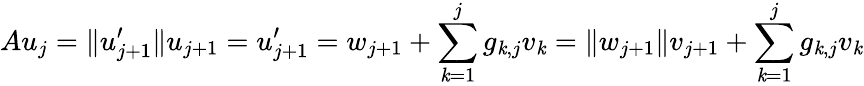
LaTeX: Au_{j}=\| u_{j+1}^{\prime}\| u_{j+1}=u_{j+1}^{\prime}=w_{j+1}+\sum_{\mathit{k}=1}^{j}g_{\mathit{k},j}v_{\mathit{k}}=\| w_{j+1}\| v_{j+1}+\sum_{\mathit{k}=1}^{j}g_{\mathit{k},j}v_{\mathit{k}}